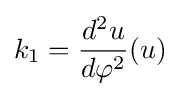
k_{1}={d^{2}u \over d\varphi ^{2}}(u)